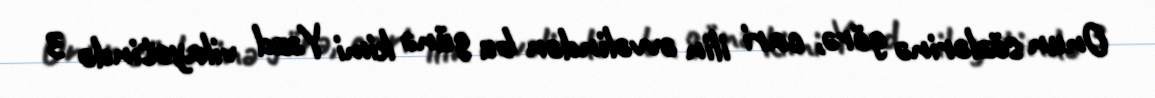
Onun sözlərinə görə, cari ilin əvvəlindən bu günə kimi Yəzd vilayətində 3